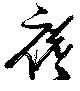
襜